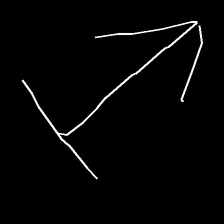
Glyph: levitation